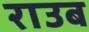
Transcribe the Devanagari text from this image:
राउब